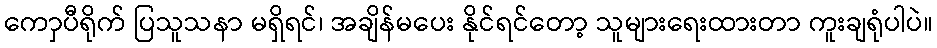
ကောှပီရိုက် ပြသူသနာ မရှိရင်၊ အချိန်မပေး နိုင်ရင်တော့ သူများရေးထားတာ ကူးချရုံပါပဲ။